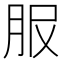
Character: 𦙹